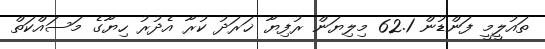
ތައުލީމީ ފަންޑުން 62.1 މިލިޔަން ރުފިޔާ ޚަރަދު ކުރާ އެދުރު ހިޔާގެ މަސައްކަތް